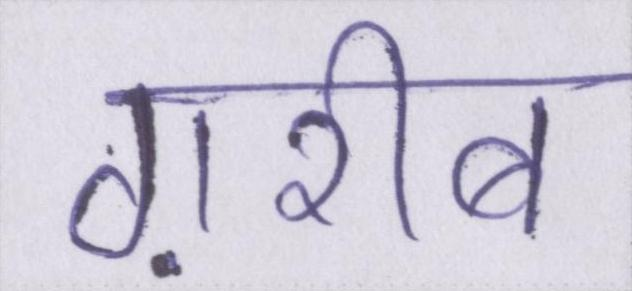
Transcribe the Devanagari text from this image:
ग़रीब